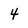
Character: 4